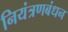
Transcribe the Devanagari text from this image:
नियंत्रणबंधन